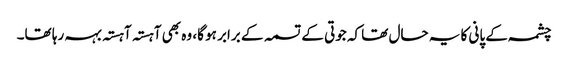
چشمہ کے پانی کا یہ حال تھا کہ جوتی کے تسمہ کے برابر ہو گا، وہ بھی آہستہ آہستہ بہہ رہا تھا۔